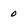
Character: 0